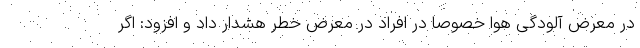
در معرض آلودگی هوا خصوصا در افراد در معرض خطر هشدار داد و افزود: اگر